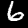
Label: 6